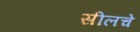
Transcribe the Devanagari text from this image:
सीलचे